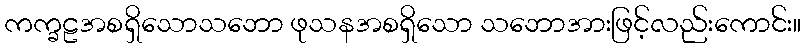
ကက္ခဠအစရှိသောသဘော ဖုသနအစရှိသော သဘောအားဖြင့်လည်းကောင်း။